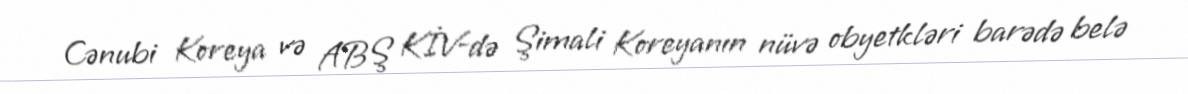
Cənubi Koreya və ABŞ KİV-də Şimali Koreyanın nüvə obyetkləri barədə belə